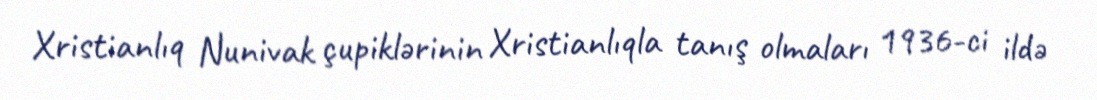
Xristianlıq Nunivak çupiklərinin Xristianlıqla tanış olmaları 1936-ci ildə